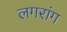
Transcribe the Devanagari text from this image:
लगरांग